Annual report on the working of the mental hospitals in the Madras Presidency - 1912-1932
Year: 1912
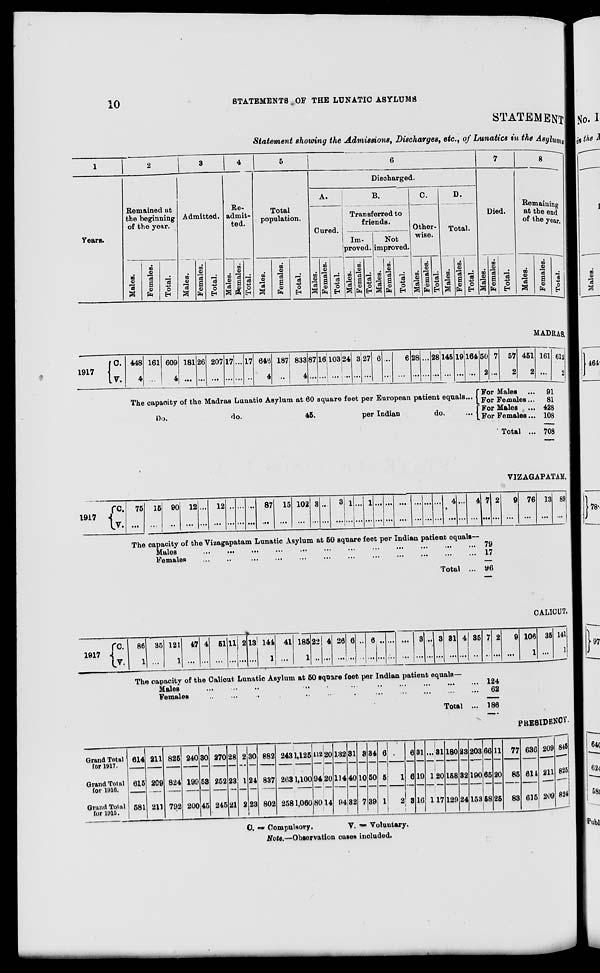
10
STATEMENTS OF THE LUNATIC ASYLUMS
STATEMENT
Statement showing the Admissions, Discharges, etc., of Lunatics in the Asylums
1
Years.
2
Remained at
the beginning
of the year.
Males.
Females.
Total.
3
Admitted.
Males.
Females.
Total.
4
Re-
admit-
ted.
Males.
Females.
Total.
5
Total
population.
Males.
Females.
Total.
6
Discharged.
A.
Cured.
Males.
Females.
Total.
B.
Transferred to
friends.
Im-
proved.
Males.
Females.
Total.
Not
improved
Males.
Females.
Total.
C.
Other-
wise.
Males.
Females.
Total.
D.
Total.
Males.
Females.
Total.
7
Died.
Males.
Females.
Total.
8
Remaining
at the end
of the year.
Males.
Females.
Total.
MADRAS.
1917
C.
V.
448
4
161
...
609
4
181
...
26
...
207
...
17
...
...
...
17
...
646
4
187
...
833
4
87
...
16
...
103
...
24
...
3
...
27
...
6
...
...
...
6
...
28
...
...
...
28
...
145
...
19
...
164
...
The capacity of the Madras Lunatic Asylum at 60 square feet per European patient equals...
Do.
do.
45.
per Indian
do. ...
50
2
7
...
57
2
451
2
For Males ...
For Females ...
For Males ...
For Females ...
Total ...
161
...
612
2
91
81
428
108
708
VIZAGAPATAM.
1917
C.
V.
75
...
15
...
90
...
12
...
...
...
12
...
...
...
...
...
...
...
87
...
15
...
102
...
3
...
...
...
3
...
1
...
...
...
1
...
...
...
...
...
...
...
...
...
...
...
...
...
4
...
...
...
4
...
7
...
2
...
9
...
76
...
13
...
89
...
The capacity of the Vizagapatam Lunatic Asylum at 50 square feet per Indian patient equals—
Males
...
...
...
...
...
...
...
...
...
...
...
...
Females
...
...
...
...
...
...
...
...
...
...
...
...
Total ...
79
17
96
CALICUT.
1917
C.
V.
86
1
35
...
121
1
47
...
4
...
51
...
11
...
2
...
13
...
144
1
41
...
185
1
22
...
4
...
26
...
6
...
...
...
6
...
...
...
...
...
...
...
3
...
...
...
3
...
31
...
4
...
35
...
7
...
2
...
9
...
106
1
35
...
141
1
The capacity of the Calicut Lunatic Asylum at 50 square feet per Indian patient equals—
Males
...
...
...
...
...
...
...
...
...
...
...
...
Females
...
...
...
...
...
...
...
...
...
...
...
...
Total ...
124
62
186
PRESIDENCY.
Grand Total
for 1917.
Grand Total
for 1916.
Grand Total
for 1915.
614
615
581
211
209
211
825
824
792
240
199
200
30
53
45
270
252
245
28
23
21
2
1
2
30
24
23
882
837
802
243
263
258
1,125
1,100
1,060
112
94
80
20
20
14
132
114
94
31
40
32
3
10
7
34
50
39
6
5
1
...
1
2
6
6
3
31
19
16
...
1
1
31
20
117
180
158
129
23
32
24
203
190
153
66
65
58
11
20
25
77
85
83
636
614
615
209
211
209
845
825
824
C.
=
Compulsory.
V. = Voluntary.
Note.—Observation cases included.